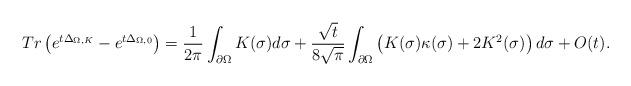
LaTeX: \begin{align*}\small Tr \left ( e^{t\Delta_{\Omega, K}} - e^{t\Delta_{\Omega, 0}} \right ) = \frac{1}{2 \pi} \int_{\partial \Omega} K(\sigma) d\sigma + \frac{\sqrt{t}}{ 8 \sqrt{\pi}} \int_{\partial \Omega} \left ( K(\sigma) \kappa(\sigma)+2 K^2(\sigma) \right )d\sigma+ O(t). \end{align*}